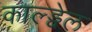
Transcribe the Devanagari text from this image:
काल्ड्वेल